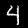
Label: 4